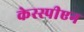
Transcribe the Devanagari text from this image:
केस्स्पीएन